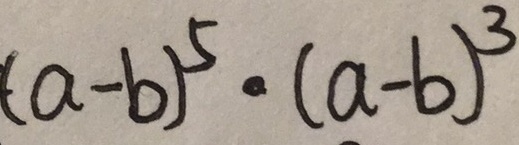
( a - b ) ^ { 5 } \cdot ( a - b ) ^ { 3 }